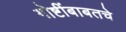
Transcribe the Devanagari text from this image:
गोष्टींबाबतचे